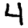
Digit: 4